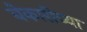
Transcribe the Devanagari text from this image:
बेकारीच्या